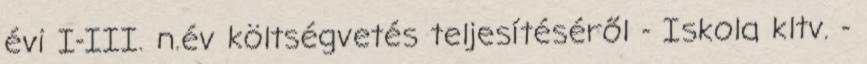
évi I-III. n.év költségvetés teljesítéséről - Iskola kltv. -